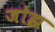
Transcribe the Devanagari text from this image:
जोझ